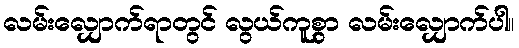
လမ်းလျှောက်ရာတွင် လွယ်ကူစွာ လမ်းလျှောက်ပါ။